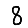
Digit: 8